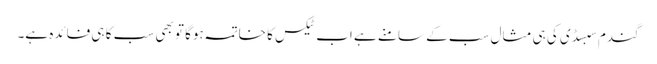
گندم سبسڈی کی ہی مثال سب کے سامنے ہے اب ٹیکس کا خاتمہ ہوگا تو بھی سب کا ہی فائدہ ہے۔